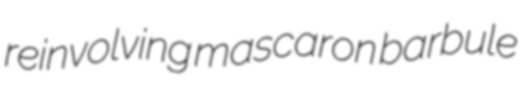
reinvolving mascaron barbule